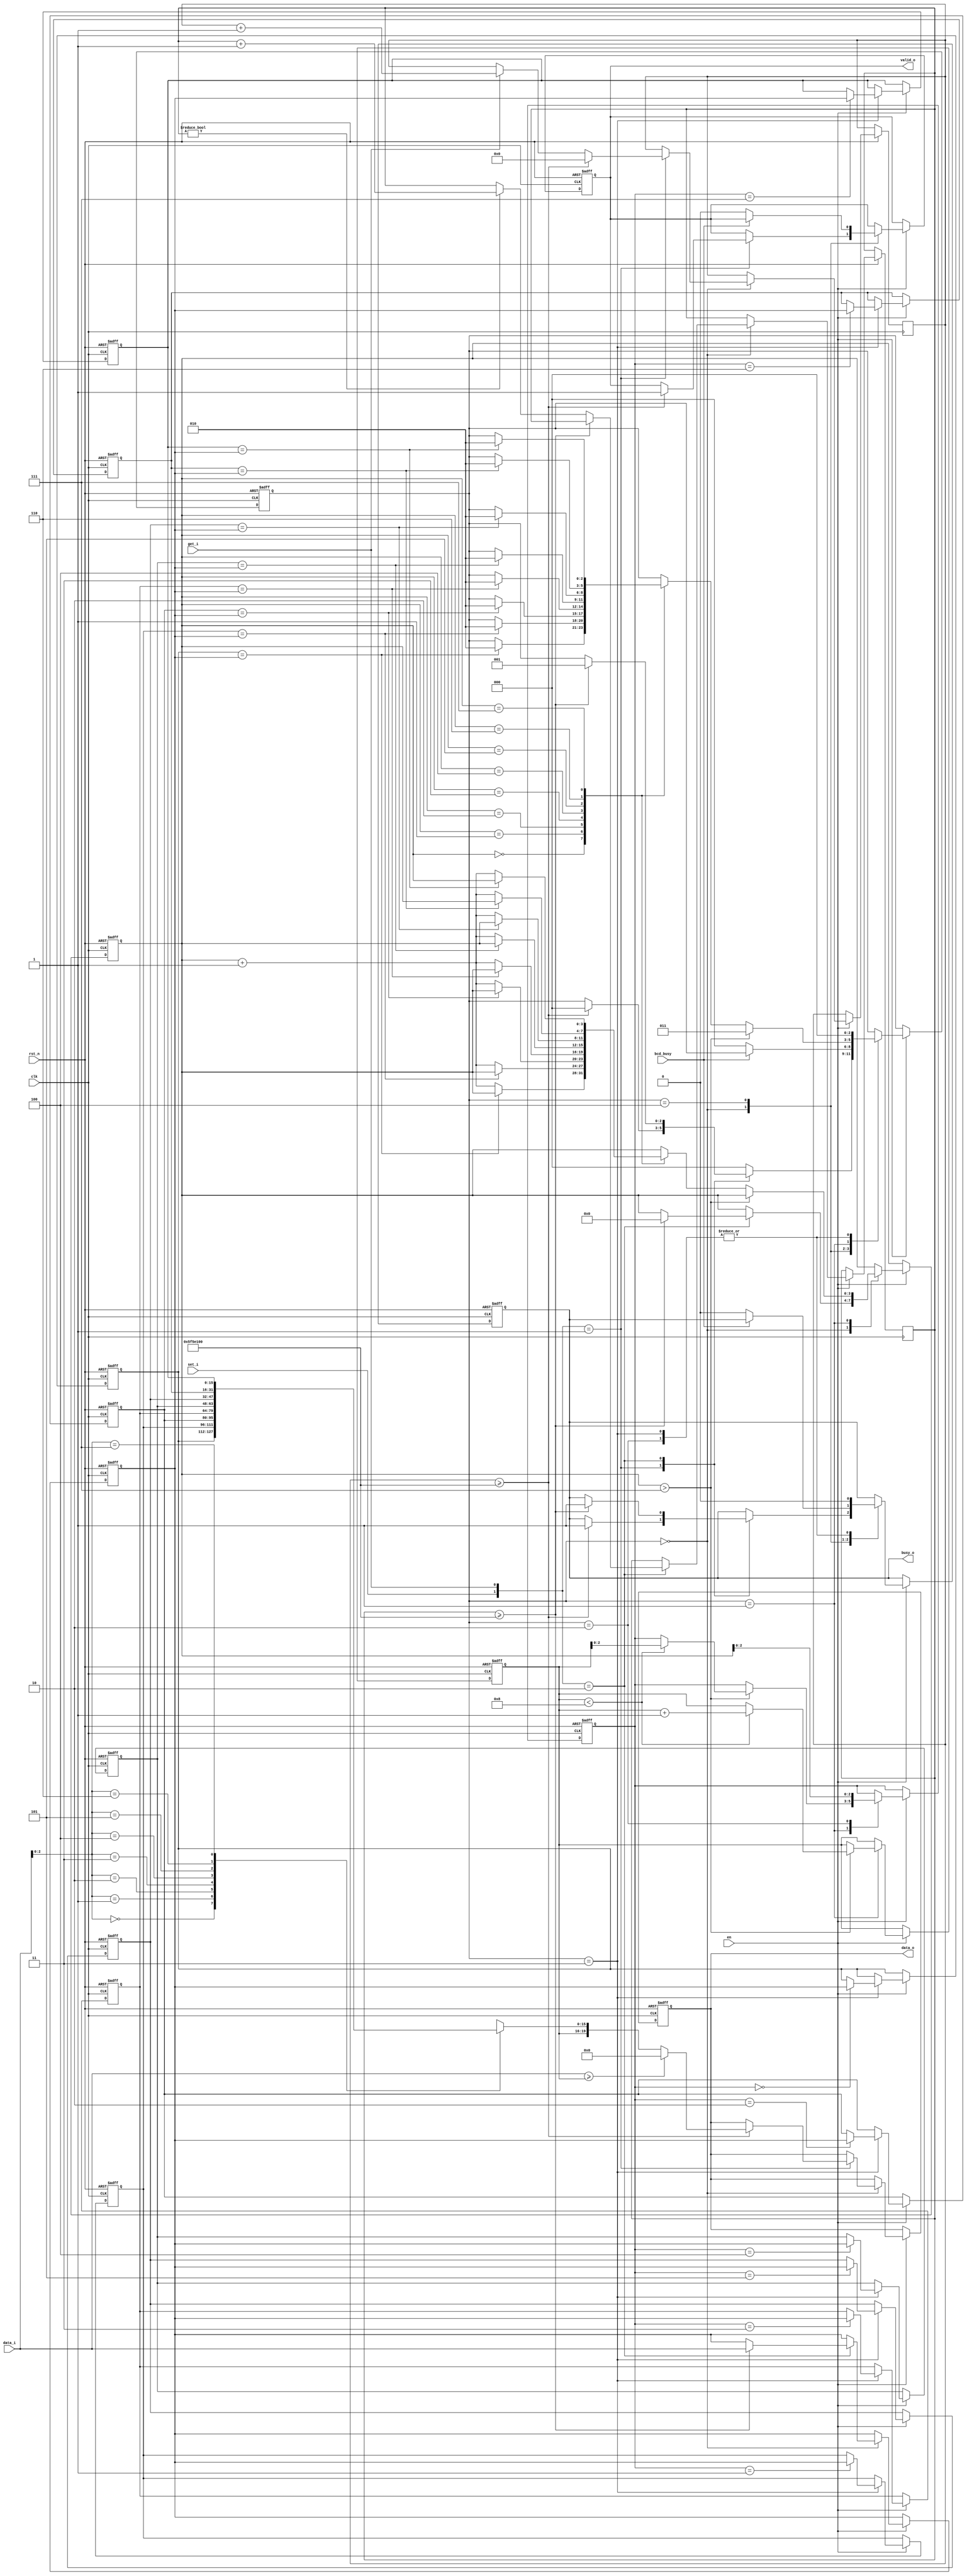
module mru #(
    parameter BUF_SIZE = 8,
    parameter WIDTH = 16,
    parameter MAX_RATE = 100000000
) (
    input clk,
    input rst_n,
    input en,
    input set_i,
    input [15:0] data_i,
    input bcd_busy,
    input get_i,  // Flag to get data
    output reg [19:0] data_o,
    output reg busy_o,
    output reg valid_o
);
  localparam [2:0] IDLE = 3'b000, CHECKING_HIT = 3'b001, HIT_UPDATING = 3'b010, WRITE_VALUE = 3'b011, SEND_DATA = 3'b100;

  reg [         15:0] dataCopy;
  reg [WIDTH - 1 : 0] outs                            [BUF_SIZE - 1:0];
  reg [          2:0] state;

  reg [          3:0] hitIndex;  // reg to counting
  reg [          2:0] index;  // last in MRU
  reg [          3:0] freeEl = 3'b0;  // first free_el
  reg [         31:0] set_cnt = 0;
  reg [         31:0] get_cnt = 0;


  always @(posedge clk, negedge rst_n) begin
    if (!rst_n) begin
      outs[0] <= 20'd0;
      outs[1] <= 20'd0;
      outs[2] <= 20'd0;
      outs[3] <= 20'd0;

      outs[4] <= 20'd0;
      outs[5] <= 20'd0;
      outs[6] <= 20'd0;
      outs[7] <= 20'd0;

      dataCopy <= 20'd0;

      hitIndex <= 4'd0;
      index <= 3'd0;
      freeEl <= 4'd0;

      data_o <= 20'd0;
      busy_o <= 1'b0;
      state <= IDLE;
      valid_o <= 1'b1;
    end else if (en) begin
      case (state)
        IDLE: begin
          case ({
            set_i, get_i
          })
            2'b01: begin
              if (get_cnt >= MAX_RATE) begin
                busy_o <= 1'b1;
                if (data_i >= freeEl) data_o[19:0] <= 0;
                else data_o[19:0] <= {freeEl, outs[data_i]};
                valid_o <= 1'b1;
                get_cnt <= 0;
                state <= IDLE;
              end else if (get_i) begin
                get_cnt <= get_cnt + 1;
              end
            end
            2'b10: begin
              if (set_cnt >= MAX_RATE) begin
                busy_o <= 1'b1;
                state <= CHECKING_HIT;
                dataCopy <= data_i;
                hitIndex <= 0;
              end else if (set_cnt) begin
                set_cnt <= set_cnt + 1;
              end
            end
            default: begin
              state <= IDLE;
            end
          endcase
        end
        SEND_DATA: begin
          if (!bcd_busy) begin
            valid_o <= 1'b0;
            busy_o  <= 1'b0;
            state   <= IDLE;
          end
        end
        CHECKING_HIT: begin
          if (hitIndex > 7) begin
            state <= WRITE_VALUE;
            if (freeEl < 4'd8) begin
              index  <= freeEl;
              freeEl <= freeEl + 1;
            end
          end else begin
            case (hitIndex)
              0: begin
                if (outs[0] == dataCopy) state <= HIT_UPDATING;
                else hitIndex <= hitIndex + 1;
              end
              1: begin
                if (outs[1] == dataCopy) state <= HIT_UPDATING;
                else hitIndex <= hitIndex + 1;
              end
              2: begin
                if (outs[2] == dataCopy) state <= HIT_UPDATING;
                else hitIndex <= hitIndex + 1;
              end
              3: begin
                if (outs[3] == dataCopy) state <= HIT_UPDATING;
                else hitIndex <= hitIndex + 1;
              end
              4: begin
                if (outs[4] == dataCopy) state <= HIT_UPDATING;
                else hitIndex <= hitIndex + 1;
              end
              5: begin
                if (outs[5] == dataCopy) state <= HIT_UPDATING;
                else hitIndex <= hitIndex + 1;
              end
              6: begin
                if (outs[6] == dataCopy) state <= HIT_UPDATING;
                else hitIndex <= hitIndex + 1;
              end
              7: begin
                if (outs[7] == dataCopy) state <= HIT_UPDATING;
                else hitIndex <= hitIndex + 1;
              end
            endcase
          end
        end
        HIT_UPDATING: begin
          index  <= hitIndex;
          busy_o <= 1'b0;
          state  <= IDLE;
        end
        WRITE_VALUE: begin
          case (index)
            0: outs[0] <= dataCopy;
            1: outs[1] <= dataCopy;
            2: outs[2] <= dataCopy;
            3: outs[3] <= dataCopy;
            4: outs[4] <= dataCopy;
            5: outs[5] <= dataCopy;
            6: outs[6] <= dataCopy;
            7: outs[7] <= dataCopy;
          endcase
          busy_o <= 1'b0;
          state  <= IDLE;
        end
      endcase
    end
  end
endmodule